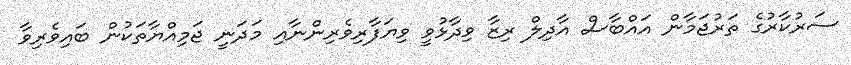
ސަރުކާރުގެ ތަރުޖަމާން އައްބާސް އާދިލް ރިޒާ ވިދާޅުވީ ވިޔަފާރިވެރިންނާއި މަދަނީ ޖަމިއްޔާތަކުން ބައިވެރިވާ